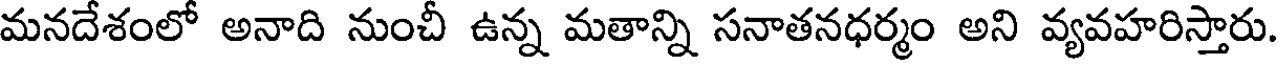
మనదేశంలో అనాది నుంచీ ఉన్న మతాన్ని సనాతనధర్మం అని వ్యవహరిస్తారు.